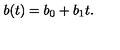
b ( t ) = b _ { 0 } + b _ { 1 } t .